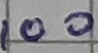
Text: 100